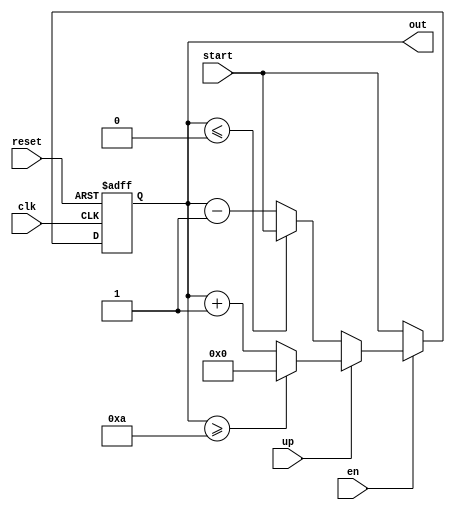
module counter
#(parameter N = 4,
 parameter M=10 )
(
    input wire clk,reset,up,en,
    input wire[N-1:0]start,
    output reg[N-1:0] out
);
reg[N-1:0]r_next,r_reg;
//memory segment 
always @(posedge clk,posedge reset) 
begin
if(reset==1'b0)
r_reg<=r_next;
else
r_reg<=0;    
end
//next state logic
always @* 
begin
if(en)//enabled
begin
if(up)//up
if(r_reg>=M)
r_next=0;
else
r_next=r_reg+1;
else//down
if(r_reg<=0)
r_next=start;
else
r_next=r_reg-1;    
end
else//not enabled
r_next=start;
end
//outlogic
always @* 
begin
out=r_reg;    
end    
endmodule